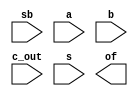
`timescale 1ns / 1ps
//////////////////////////////////////////////////////////////////////////////////
// Company: 
// Engineer: 
// 
// Design Name: 
// Module Name: OVER_FLOW
// Project Name: 
// Target Devices: 
// Tool Versions: 
// Description: 
// 
// Dependencies: 
// 
// Revision:
// Revision 0.01 - File Created
// Additional Comments:
// 
//////////////////////////////////////////////////////////////////////////////////


module OVER_FLOW(sb,a,b,c_out,s,of);
    input sb,a,b,c_out,s;
    output of;
    
endmodule